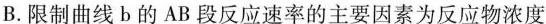
B.限制曲线b的AB段反应速率的主要因素为反应物浓度